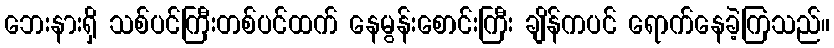
ဘေးနားရှိ သစ်ပင်ကြီးတစ်ပင်ထက် နေမွန်းစောင်းကြီး ချိန်ကပင် ရောက်နေခဲ့ကြသည်။